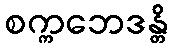
စက္ကဘေဒန္တိ